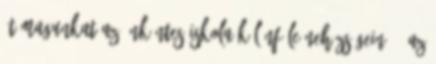
át magunkat az önkéntes iskola különféle nehézségein. Ő az